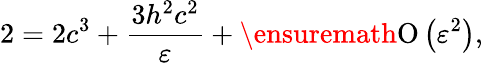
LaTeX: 2=2c^{3}+\frac{3h^{2}c^{2}}{\varepsilon}+\ensuremath{\operatorname{O}\left(\varepsilon^{2}\right)},